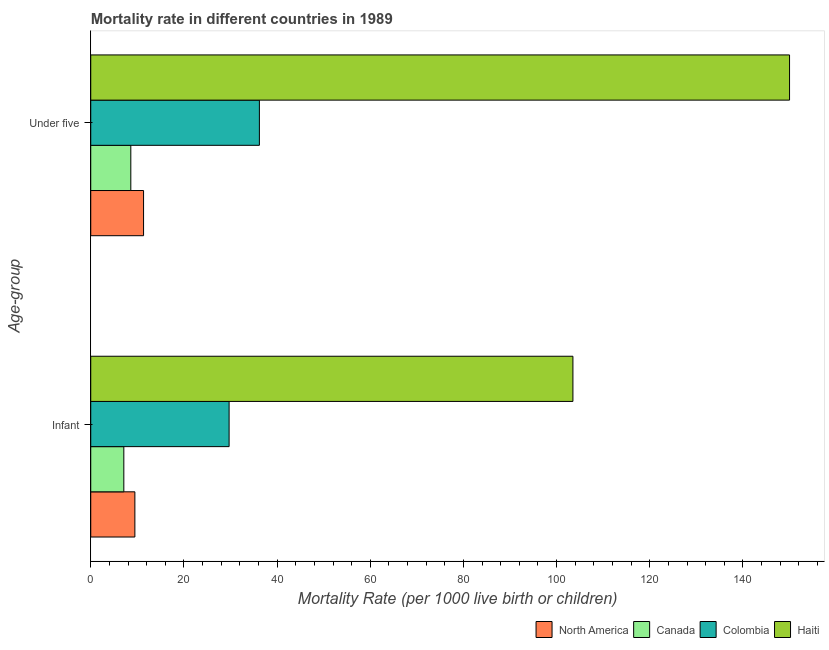
| Age-group | North America | Canada | Colombia | Haiti |
 | --- | --- | --- | --- | --- |
 | Infant | 9.47 | 7.1 | 29.7 | 104 |
 | Under five | 11.3 | 8.6 | 36.2 | 150 |